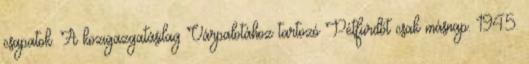
csapatok. A közigazgatásilag Várpalotához tartozó Pétfürdőt csak másnap. 1945.